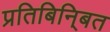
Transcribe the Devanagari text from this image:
प्रतिबिनि्बत